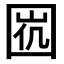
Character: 𡇩